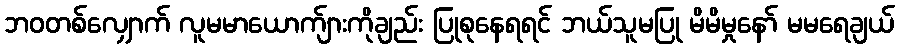
ဘဝတစ်လျှောက် လူမမာယောက်ျားကိုချည်း ပြုစုနေရရင် ဘယ်သူမပြု မိမိမှုနော် မမရေချယ်